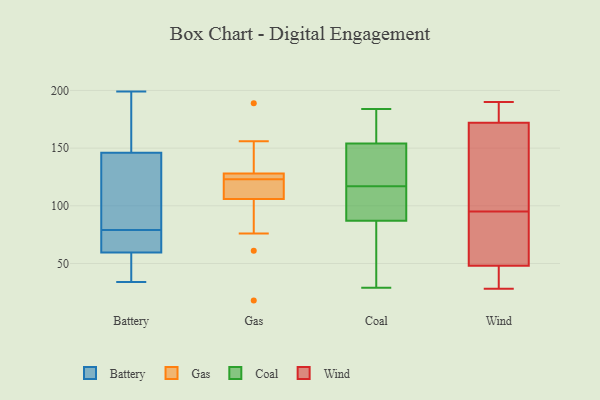
{"axis": {"x": "Production Output", "y": "Value"}, "legend": ["Battery", "Coal", "Gas", "Wind"], "data": [{"x": "", "y": 160, "type": "Battery"}, {"x": "", "y": 143, "type": "Battery"}, {"x": "", "y": 149, "type": "Battery"}, {"x": "", "y": 66, "type": "Battery"}, {"x": "", "y": 68, "type": "Battery"}, {"x": "", "y": 55, "type": "Battery"}, {"x": "", "y": 55, "type": "Battery"}, {"x": "", "y": 135, "type": "Battery"}, {"x": "", "y": 199, "type": "Battery"}, {"x": "", "y": 86, "type": "Battery"}, {"x": "", "y": 72, "type": "Battery"}, {"x": "", "y": 198, "type": "Battery"}, {"x": "", "y": 36, "type": "Battery"}, {"x": "", "y": 120, "type": "Battery"}, {"x": "", "y": 64, "type": "Battery"}, {"x": "", "y": 34, "type": "Battery"}, {"x": "", "y": 110, "type": "Gas"}, {"x": "", "y": 127, "type": "Gas"}, {"x": "", "y": 18, "type": "Gas"}, {"x": "", "y": 114, "type": "Gas"}, {"x": "", "y": 125, "type": "Gas"}, {"x": "", "y": 105, "type": "Gas"}, {"x": "", "y": 156, "type": "Gas"}, {"x": "", "y": 61, "type": "Gas"}, {"x": "", "y": 189, "type": "Gas"}, {"x": "", "y": 127, "type": "Gas"}, {"x": "", "y": 126, "type": "Gas"}, {"x": "", "y": 129, "type": "Gas"}, {"x": "", "y": 114, "type": "Gas"}, {"x": "", "y": 121, "type": "Gas"}, {"x": "", "y": 126, "type": "Gas"}, {"x": "", "y": 76, "type": "Gas"}, {"x": "", "y": 141, "type": "Gas"}, {"x": "", "y": 107, "type": "Gas"}, {"x": "", "y": 137, "type": "Gas"}, {"x": "", "y": 102, "type": "Gas"}, {"x": "", "y": 70, "type": "Coal"}, {"x": "", "y": 87, "type": "Coal"}, {"x": "", "y": 166, "type": "Coal"}, {"x": "", "y": 93, "type": "Coal"}, {"x": "", "y": 116, "type": "Coal"}, {"x": "", "y": 184, "type": "Coal"}, {"x": "", "y": 29, "type": "Coal"}, {"x": "", "y": 118, "type": "Coal"}, {"x": "", "y": 154, "type": "Coal"}, {"x": "", "y": 143, "type": "Coal"}, {"x": "", "y": 115, "type": "Wind"}, {"x": "", "y": 28, "type": "Wind"}, {"x": "", "y": 73, "type": "Wind"}, {"x": "", "y": 172, "type": "Wind"}, {"x": "", "y": 40, "type": "Wind"}, {"x": "", "y": 185, "type": "Wind"}, {"x": "", "y": 75, "type": "Wind"}, {"x": "", "y": 190, "type": "Wind"}, {"x": "", "y": 48, "type": "Wind"}, {"x": "", "y": 163, "type": "Wind"}]}